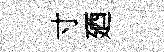
寸廼